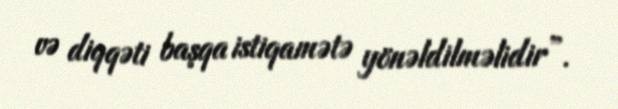
və diqqəti başqa istiqamətə yönəldilməlidir”.